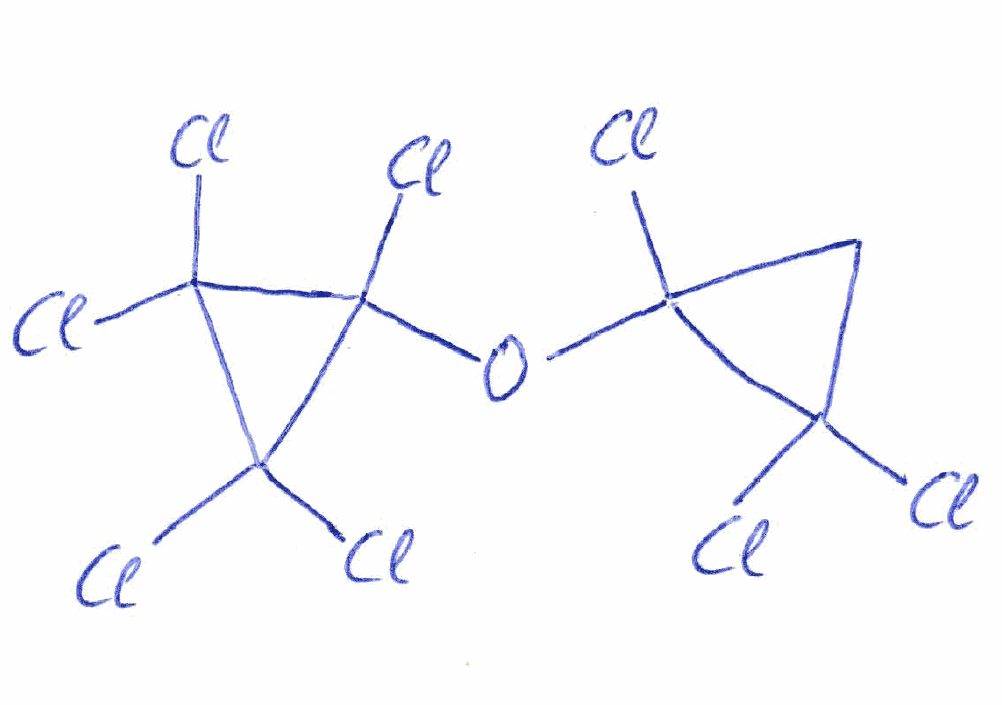
Simplified molecular-input line-entry system (SMILES) notation of the given molecule:
C1C(C1(Cl)Cl)(OC2(C(C2(Cl)Cl)(Cl)Cl)Cl)Cl